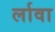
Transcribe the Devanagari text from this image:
र्लावा